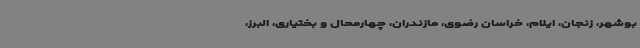
بوشهر، زنجان، ایلام، خراسان رضوی، مازندران، چهارمحال و بختیاری، البرز،